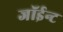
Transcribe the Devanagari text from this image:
जॉईन्ट